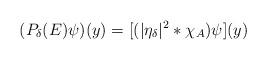
LaTeX: \begin{align*} (P_\delta(E)\psi)(y)=[(|\eta_\delta|^2*\chi_{A})\psi](y)\end{align*}